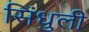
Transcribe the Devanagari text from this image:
सिंधुली